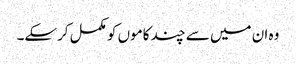
وہ ان میں سے چند کاموں کو مکمل کرسکے۔